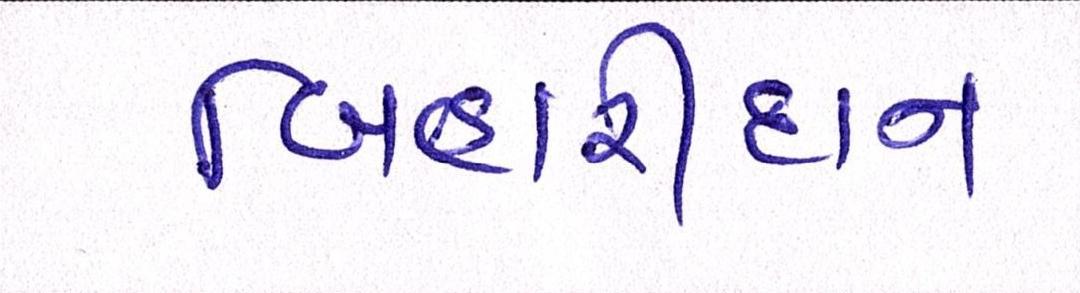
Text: બિહારીદાન